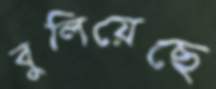
বুলিয়েছে